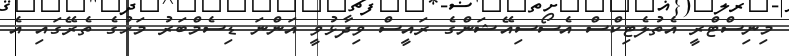
މިނިސްޓްރީ އެތުލެޓިކްސް އެސޯސިއޭޝަންގެ ރައީސް ވިދާޅުވީ އަންނަ ޑިސެމްބަރު މަހުގެ ތެރޭގައި އެ